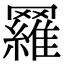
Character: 𦌴